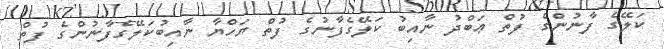
ކަލޭގެ ފާނުންގެ ފުތް ޢަބްދު ނާއިބު ކަލޭގެފާނުގެ ފުތް ޔަހްޔާ ނާއިބުކަލޭގެފާނުންގެ ފުތް